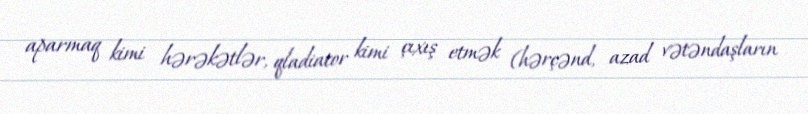
aparmaq kimi hərəkətlər, qladiator kimi çıxış etmək (hərçənd, azad vətəndaşların